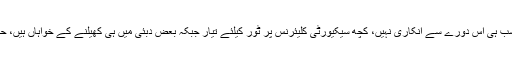
25 مئی2018ء) کرکٹرز ایسوسی ایشن کے چیف ہیتھ ملز نے کہا ہے کہ سب ہی اس دورے سے انکاری نہیں، کچھ سیکیورٹی کلیئرنس پر ٹور کیلئے تیار جبکہ بعض دبئی میں ہی کھیلنے کے خواہاں ہیں، حتمی فیصلہ 15روز کے اندر سیکیورٹی رپورٹ ملنے کے بعد کیا جائے گا۔